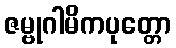
ဇမ္ဗုဂါမိကပုတ္တော